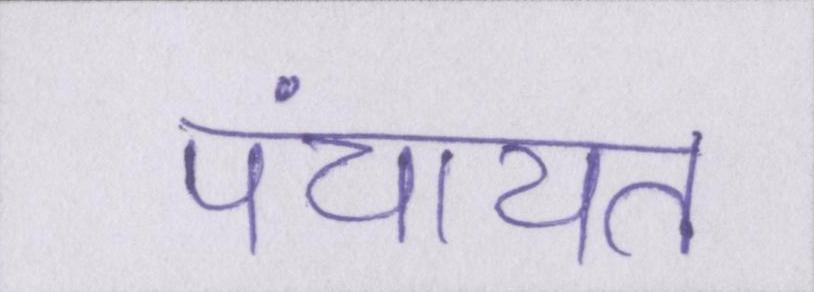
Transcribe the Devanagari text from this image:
पंचायत